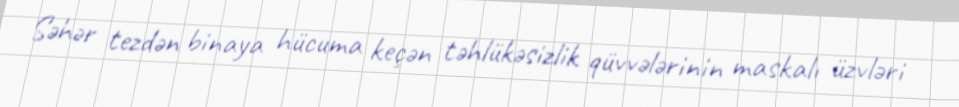
Səhər tezdən binaya hücuma keçən təhlükəsizlik qüvvələrinin maskalı üzvləri